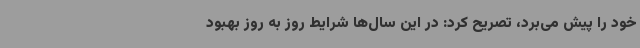
خود را پیش می‌برد، تصریح کرد: در این سال‌ها شرایط روز به روز بهبود